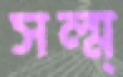
সল্ম্